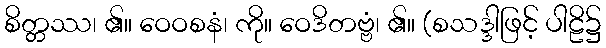
စိတ္တဿ၊ ၏။ ဝေဝစနံ၊ ကို။ ဝေဒိတဗ္ဗံ၊ ၏။ (စသဒ္ဒါဖြင့် ပါဠိ၌